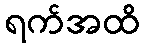
ရက်အထိ